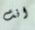
انت